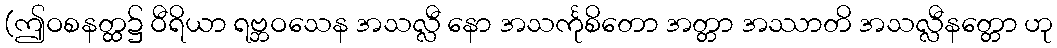
(ဤဝစနတ္ထ၌ ဝီရိယာ ရဗ္ဘဝသေန အသလ္လီ နော အသင်္ကုစိတော အတ္တာ အဿာတိ အသလ္လီနတ္တော ဟု